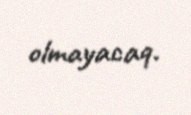
olmayacaq.